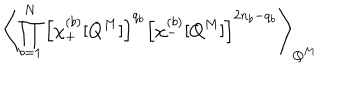
\left\langle \prod _ { b = 1 } ^ { N } \left[ \chi _ { + } ^ { ( b ) } [ Q ^ { M } ] \right] ^ { q _ { b } } \left[ \chi _ { - } ^ { ( b ) } [ Q ^ { M } ] \right] ^ { 2 n _ { b } - q _ { b } } \right\rangle _ { Q ^ { M } } \;